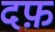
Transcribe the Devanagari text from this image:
दफ़